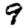
Digit: 9